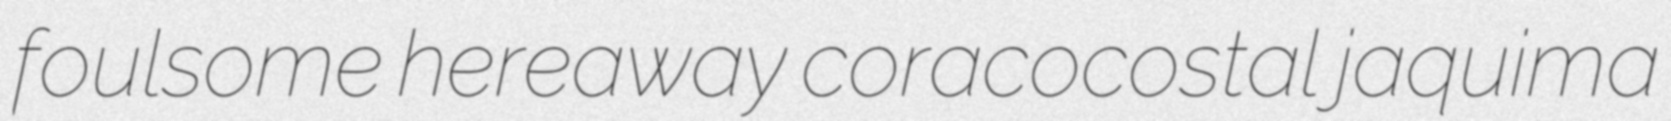
foulsome hereaway coracocostal jaquima